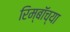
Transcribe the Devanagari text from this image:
रिम्बॉच्या